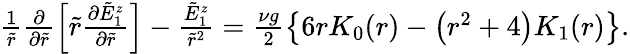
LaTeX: \begin{array}{r}{\frac{1}{\tilde{r}}\frac{\partial}{\partial\tilde{r}}\left[\tilde{r}\frac{\partial\tilde{E}_{1}^{z}}{\partial\tilde{r}}\right]-\frac{\tilde{E}_{1}^{z}}{\tilde{r}^{2}}=\frac{\nu g}{2}\left\{ 6rK_{0}(r)-\left(r^{2}+4\right)K_{1}(r)\right\} .}\end{array}